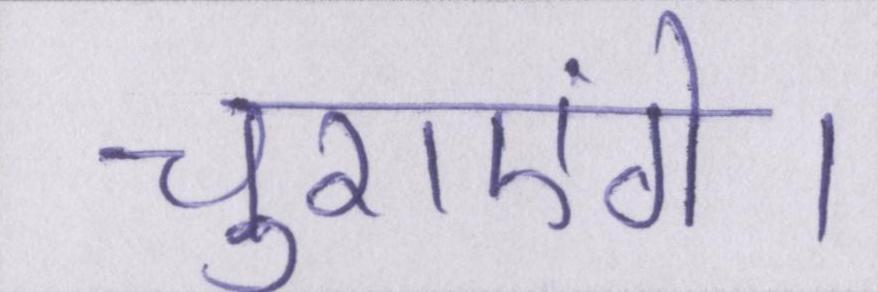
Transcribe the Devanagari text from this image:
चुराएंगे।